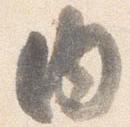
内